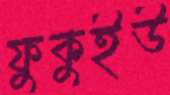
ফুকুইউ